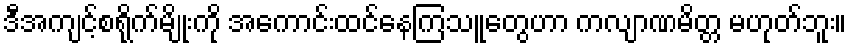
ဒီအကျင့်စရိုက်မျိုးကို အကောင်းထင်နေကြသူတွေဟာ ကလျာဏမိတ္တ မဟုတ်ဘူး။